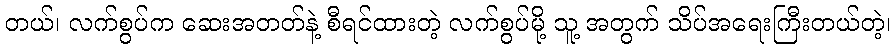
တယ်၊ လက်စွပ်က ဆေးအတတ်နဲ့ စီရင်ထားတဲ့ လက်စွပ်မို့ သူ့ အတွက် သိပ်အရေးကြီးတယ်တဲ့၊